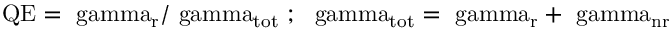
\mathrm { { Q E } = \ g a m m a _ { \mathrm { r } } / \ g a m m a _ { \mathrm { t o t } } \, \, ; \, \, \ g a m m a _ { \mathrm { t o t } } = \ g a m m a _ { \mathrm { r } } + \ g a m m a _ { \mathrm { n r } } }